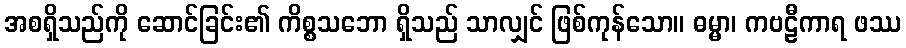
အစရှိသည်ကို ဆောင်ခြင်း၏ ကိစ္စသဘော ရှိသည် သာလျှင် ဖြစ်ကုန်သော။ ဓမ္မာ၊ ကဗဠီကာရ ဖဿ